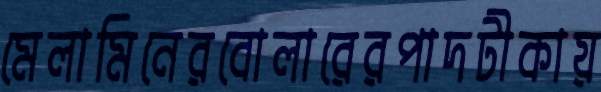
মেলামিনেরবোলারেরপাদটীকায়